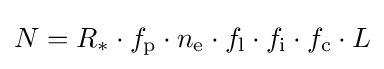
N=R_{*}\cdot f_{\mathrm {p} }\cdot n_{\mathrm {e} }\cdot f_{\mathrm {l} }\cdot f_{\mathrm {i} }\cdot f_{\mathrm {c} }\cdot L